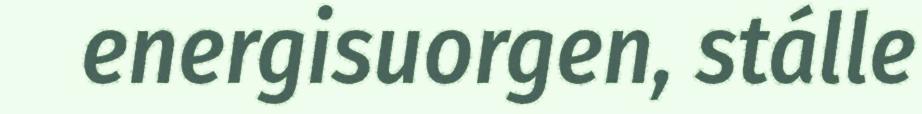
energisuorgen, stálle